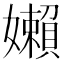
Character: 嬾